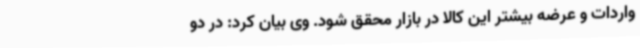
واردات و عرضه بیشتر این کالا در بازار محقق شود. وی بیان کرد: در دو